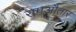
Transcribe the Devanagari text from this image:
रामऔतार